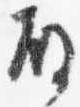
殿